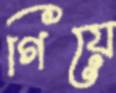
গিয়ে